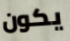
يكون